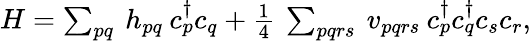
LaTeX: \begin{array}{r}{H=\sum_{pq}\: h_{pq}\: {c}_{p}^{\dagger}{c}_{q}+\frac{1}{4}\: \sum_{pqrs}\: v_{pqrs}\: {c}_{p}^{\dagger}{c}_{q}^{\dagger}{c}_{s}{c}_{r},}\end{array}